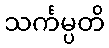
သင်္ကမ္ပတိ